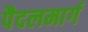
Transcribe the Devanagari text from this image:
पैदलमार्ग